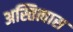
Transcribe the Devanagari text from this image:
अस्तित्वास